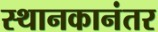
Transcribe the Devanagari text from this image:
स्थानकानंतर